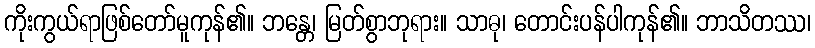
ကိုးကွယ်ရာဖြစ်တော်မူကုန်၏။ ဘန္တေ၊ မြတ်စွာဘုရား။ သာဓု၊ တောင်းပန်ပါကုန်၏။ ဘာသိတဿ၊